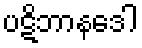
ပဋိဘာနဒေါ